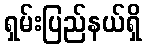
ရှမ်းပြည်နယ်ရှိ